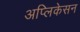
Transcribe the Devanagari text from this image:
अप्लिकेसन